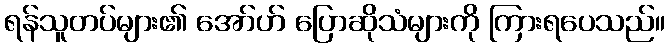
ရန်သူတပ်များ၏ အော်ဟ် ပြောဆိုသံများကို ကြားရပေသည်။